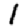
Digit: 1